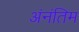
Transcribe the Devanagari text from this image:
अंनंतिम